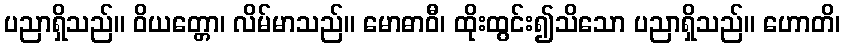
ပညာရှိသည်။ ဝိယတ္တော၊ လိမ်မာသည်။ မောဓာဝီ၊ ထိုးထွင်း၍သိသော ပညာရှိသည်။ ဟောတိ၊